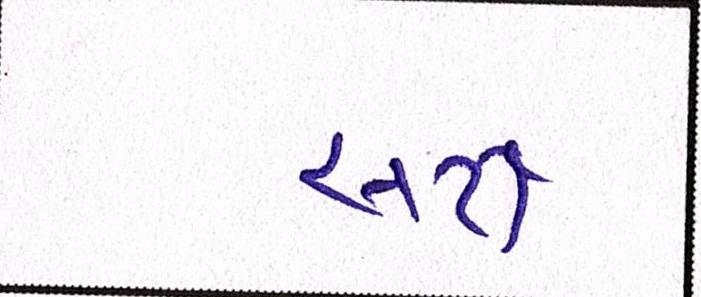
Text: સર્ટી